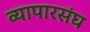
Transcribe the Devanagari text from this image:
व्यापारसंघ